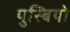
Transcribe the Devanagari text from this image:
युस्बियो